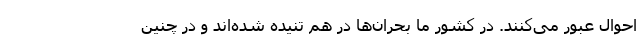
احوال عبور می‌کنند. در کشور ما بحران‌ها در هم تنیده شده‌اند و در چنین